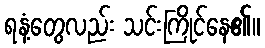
ရနံ့တွေလည်း သင်းကြိုင်နေ၏။